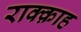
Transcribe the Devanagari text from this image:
राक्क़ाह